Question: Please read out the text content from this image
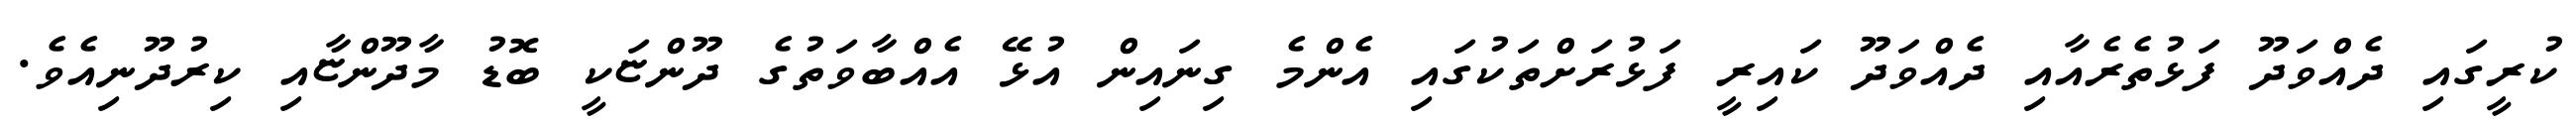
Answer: ކުރީގައި ދެއްވަދޫ ފަޅުތެރެއާއި ދެއްވަދޫ ކައިރީ ފަޅުރަށްތަކުގައި އެންމެ ގިނައިން އުޅޭ އެއްބާވަތުގެ ދޫންޏަކީ ބޮޑު މާދޫންޏާއި ކިރުދޫނިއެވެ.